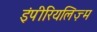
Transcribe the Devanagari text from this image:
इंपीरियलिज़्म